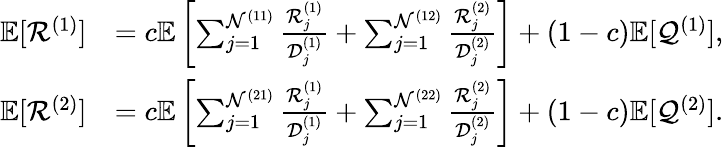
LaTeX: \begin{array}{rl}{\mathbb{E}[{\mathcal{R}}^{(1)}]}&{=c\mathbb{E}\left[\sum_{j=1}^{\mathcal{N}^{(11)}}\frac{{\mathcal{R}}_{j}^{(1)}}{\mathcal{D}_{j}^{(1)}}+\sum_{j=1}^{\mathcal{N}^{(12)}}\frac{{\mathcal{R}}_{j}^{(2)}}{\mathcal{D}_{j}^{(2)}}\right]+(1-c)\mathbb{E}[\mathcal{Q}^{(1)}],}\\ {\mathbb{E}[{\mathcal{R}}^{(2)}]}&{=c\mathbb{E}\left[\sum_{j=1}^{\mathcal{N}^{(21)}}\frac{{\mathcal{R}}_{j}^{(1)}}{\mathcal{D}_{j}^{(1)}}+\sum_{j=1}^{\mathcal{N}^{(22)}}\frac{{\mathcal{R}}_{j}^{(2)}}{\mathcal{D}_{j}^{(2)}}\right]+(1-c)\mathbb{E}[\mathcal{Q}^{(2)}].}\end{array}